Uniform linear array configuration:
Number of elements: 12
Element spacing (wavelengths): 0.25
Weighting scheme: kaiser
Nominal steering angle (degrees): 45
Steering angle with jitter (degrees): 45.268
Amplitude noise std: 0.05
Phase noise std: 0.05

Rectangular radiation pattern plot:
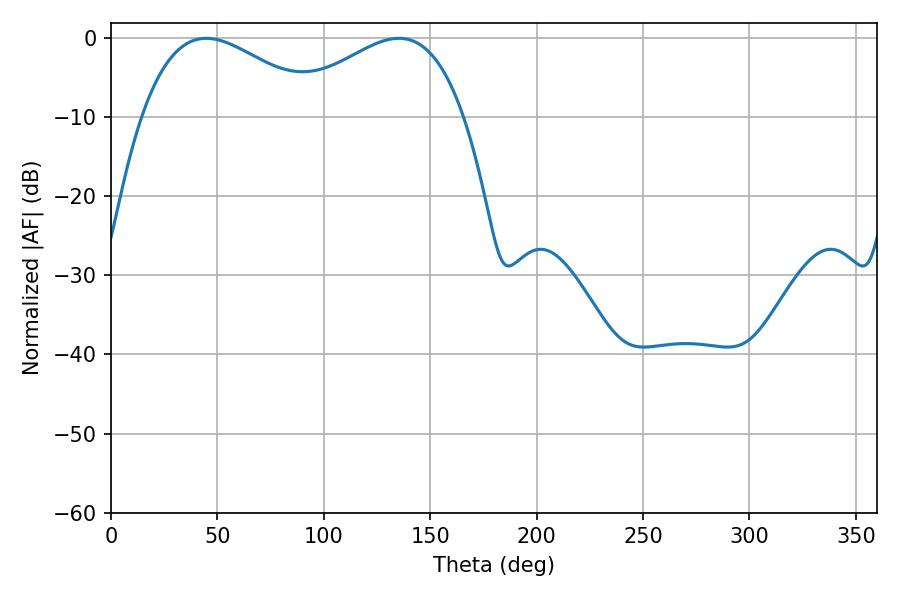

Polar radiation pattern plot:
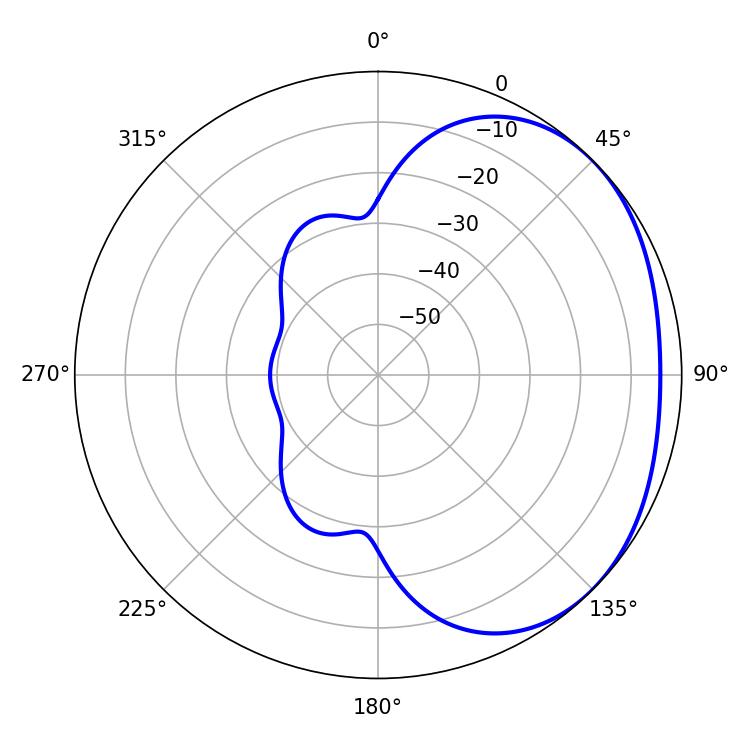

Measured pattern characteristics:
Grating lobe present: FALSE
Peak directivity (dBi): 2.101
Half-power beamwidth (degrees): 46.08
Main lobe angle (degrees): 44.64